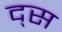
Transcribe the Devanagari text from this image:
द्स